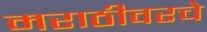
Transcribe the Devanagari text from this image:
मराठीवरचे